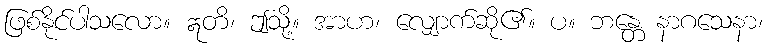
ဖြစ်နိုင်ပါသလော။ ဣတိ၊ ဤသို့။ အာဟ၊ လျှောက်ဆို၏။ ပ။ ဘန္တေ နာဂသေနာ၊